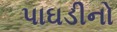
પાઘડીનો